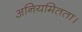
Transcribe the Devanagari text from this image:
अनियमितता।